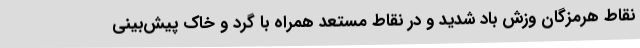
نقاط هرمزگان وزش باد شدید و در نقاط مستعد همراه با گرد و خاک پیش‌بینی